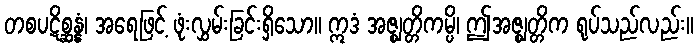
တစပဋိစ္ဆန္နံ၊ အရေဖြင့် ဖုံးလွှမ်းခြင်းရှိသော။ ဣဒံ အဇ္ဈတ္တိကမ္ပိ၊ ဤအဇ္ဈတ္တိက ရုပ်သည်လည်း။